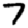
Digit: 7